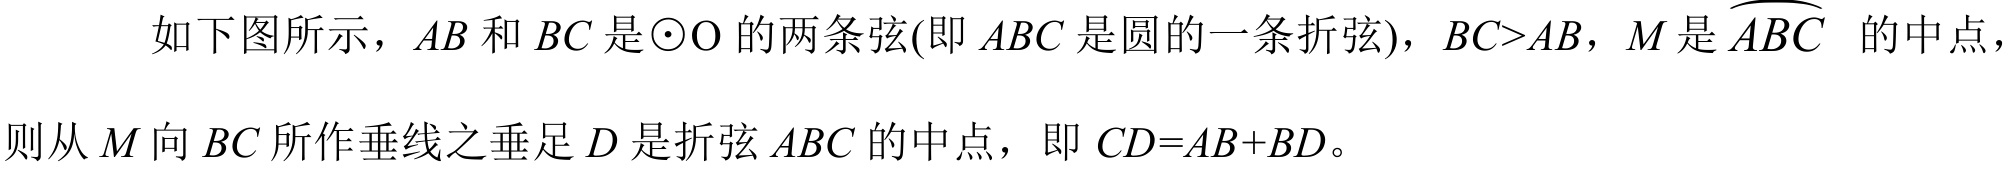
如下图所示，\(AB\) 和 \(BC\) 是\(\odot\mathrm{O}\) 的两条弦(即 \(ABC\) 是圆的一条折弦)，\(BC > AB\)，\(M\) 是 \(\overset{\frown}{ABC}\) 的中点，则从 \(M\) 向 \(BC\) 所作垂线之垂足 \(D\) 是折弦 \(ABC\) 的中点，即 \(CD = AB + BD\)。